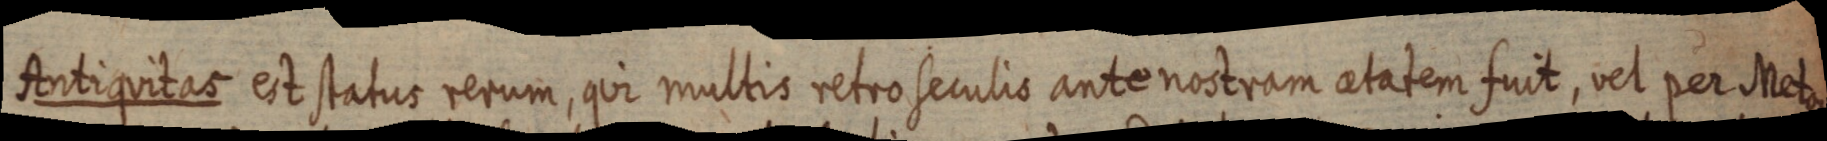
Antiquitas est status rerum, qui multis retro seculis ante nostram atatem fuit, vel per Meton